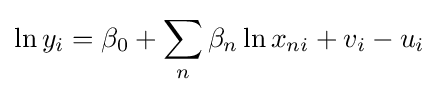
\ln y_{i}=\beta _{0}+\sum \limits _{n}{\beta _{n}\ln x_{ni}+v_{i}-u_{i}}